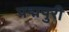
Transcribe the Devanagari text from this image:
पद्मपुरी